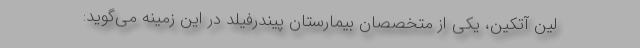
لین آتکین، یکی از متخصصان بیمارستان پیندرفیلد در این زمینه می‌گوید: